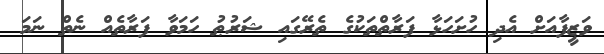
ވަޒީފާއަށް އެދި ހުށަހަޅާ ފަރާތްތަކުގެ ތެރޭގައި ޝަރުޠު ހަމަވާ ފަރާތެއް ނެތް ނަމަ